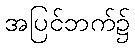
အပြင်ဘက်၌